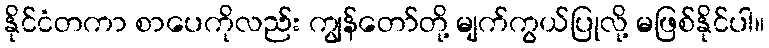
နိုင်ငံတကာ စာပေကိုလည်း ကျွန်တော်တို့ မျက်ကွယ်ပြုလို့ မဖြစ်နိုင်ပါ။